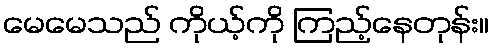
မေမေသည် ကိုယ့်ကို ကြည့်နေတုန်း။